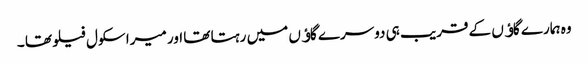
وہ ہمارے گاﺅں کے قریب ہی دوسرے گاﺅں میں رہتا تھا اور میرا سکول فیلو تھا ۔